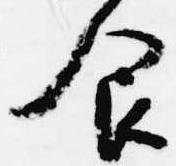
食